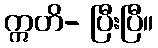
ဣတိ- ပြီးပြီ။